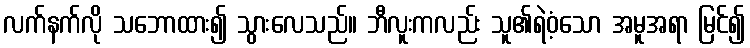
လက်နက်လို သဘောထား၍ သွားလေသည်။ ဘီလူးကလည်း သူ၏ရဲဝံ့သော အမူအရာ မြင်၍